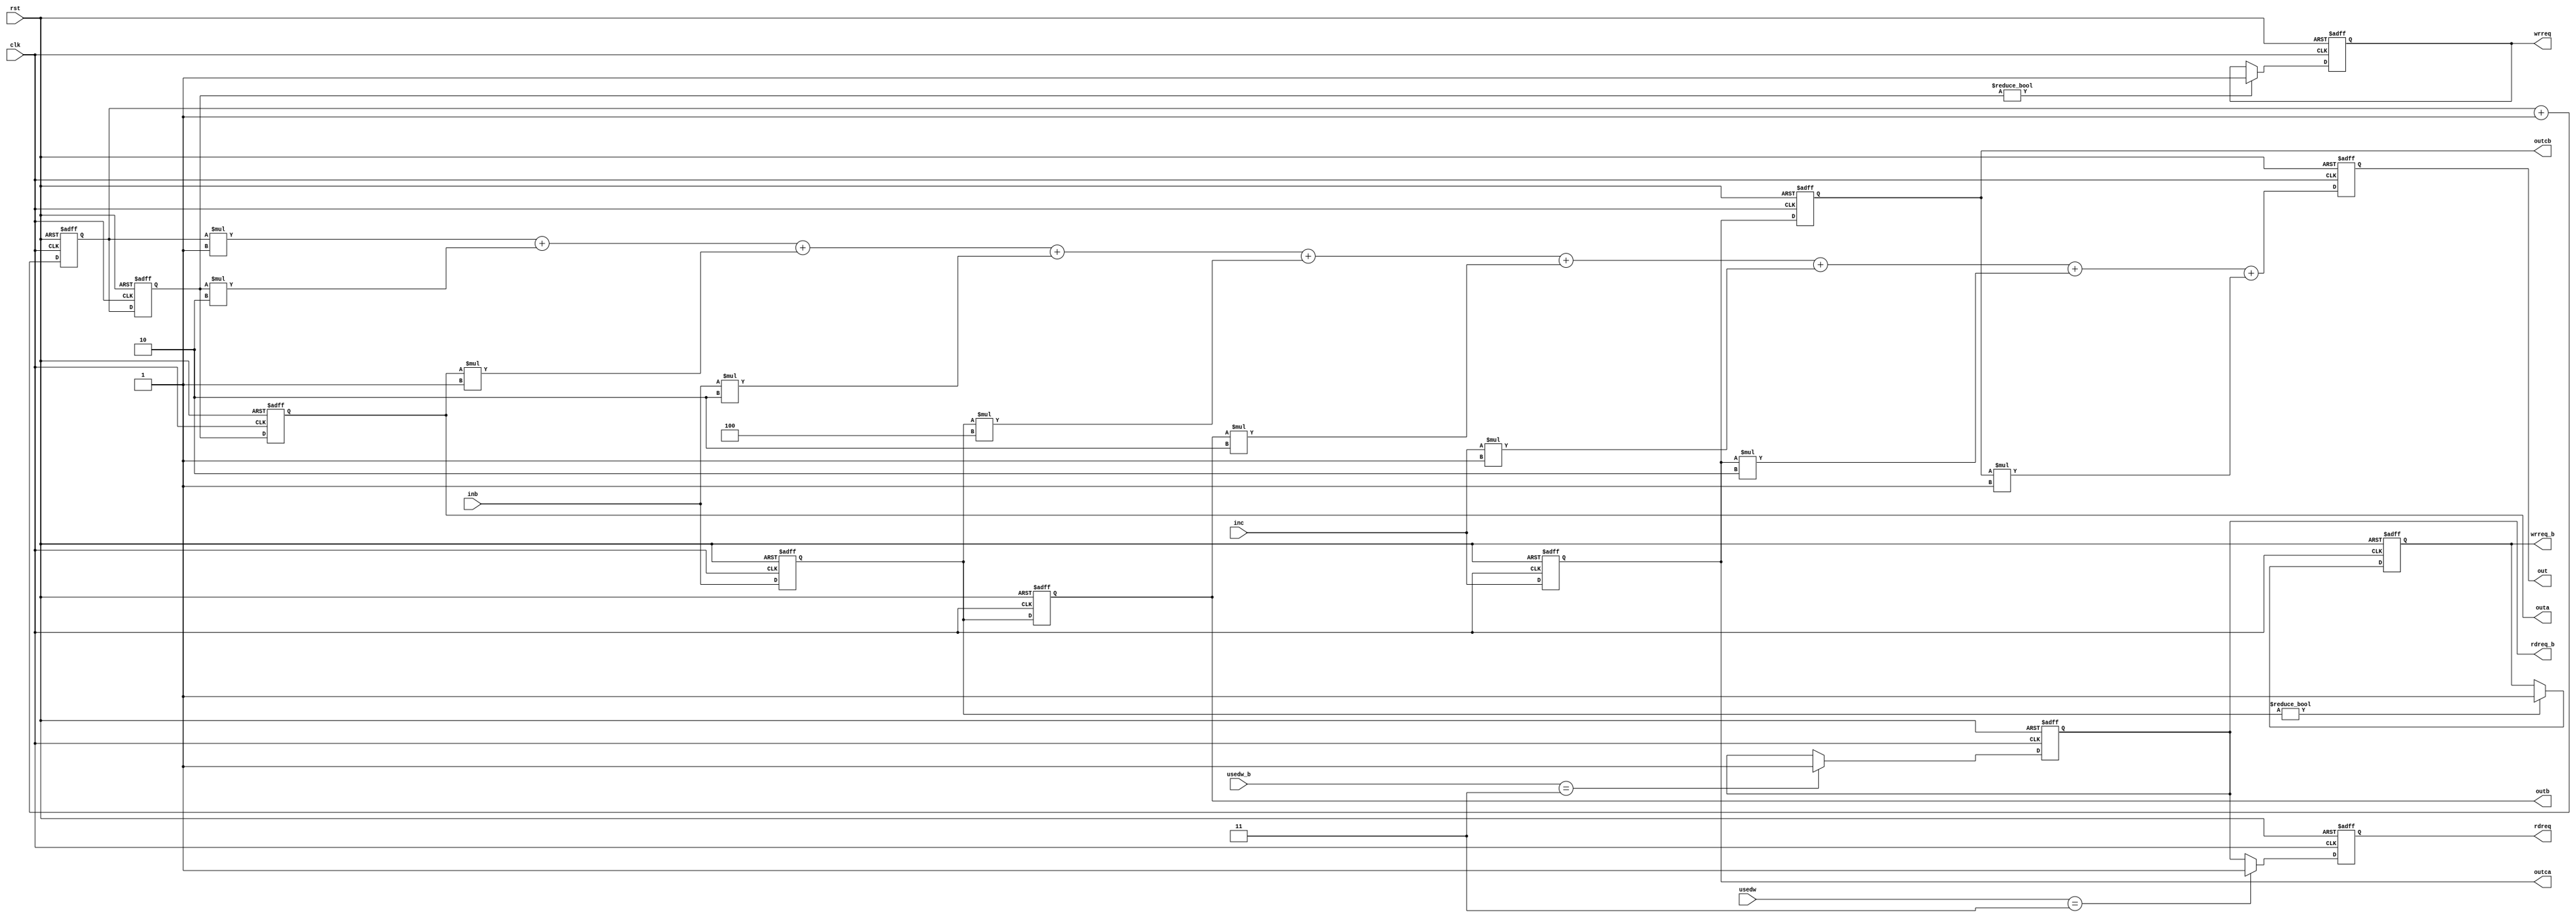
//module D(data,clk,rst,inb,inc,usedw,usedw_b,outa,outb,rdreq,wrreq,rdreq_b,wrreq_b,outca,outcb,out);
module D(clk,rst,inb,inc,usedw,usedw_b,outa,outb,rdreq,wrreq,rdreq_b,wrreq_b,outca,outcb,out);
input clk,rst;
//input  [7:0] inb,inc,data;
input  [7:0] inb,inc;
input [1:0] usedw,usedw_b;
output [7:0] outa,outb,outca,outcb;
output   rdreq,wrreq,rdreq_b,wrreq_b;
output 	[14:0] out;
reg 	[14:0] out;
reg rdreq,wrreq,rdreq_b,wrreq_b;
reg   [7:0] outa1,outa2,outb1,outb2,outc1,outc2;
reg [7:0]	data;

parameter A = 3'd1;
parameter B = 3'd2;
parameter C = 3'd1;
parameter D = 3'd2;
parameter E = 3'd4;
parameter F = 3'd2;
parameter G = 3'd1;
parameter H = 3'd2;
parameter I = 3'd1;

always@(posedge clk or negedge rst)
begin
if(!rst)
data<=8'b0;
else
data<=data+1'b1;
end

always@(posedge clk or negedge rst)
begin
if(!rst)
wrreq<=1'b0;
else if(outa1!=8'b0)
wrreq<=1'b1;
else
wrreq<=wrreq;
end

always@(posedge clk or negedge rst)
begin
if(!rst)
rdreq<=1'b0;
else if(usedw==8'd3)
rdreq<=1'b1;
else
rdreq<=rdreq_b;
end

always@(posedge clk or negedge rst)
begin
if(!rst)
wrreq_b<=1'b0;
else if(outb1!=8'b0)
wrreq_b<=1'b1;
else
wrreq_b<=wrreq_b;
end

always@(posedge clk or negedge rst)
begin
if(!rst)
rdreq_b<=1'b0;
else if(usedw_b==8'd3)
rdreq_b<=1'b1;
else
rdreq_b<=rdreq_b;
end

always@(posedge clk or negedge rst)
begin
if(!rst)
outa1<=8'b0;
else
outa1<=data;
end

always@(posedge clk or negedge rst)
begin
if(!rst)
outa2<=8'b0;
else
outa2<=outa1;
end

always@(posedge clk or negedge rst)
begin
if(!rst)
outb1<=8'b0;
else 
outb1<=inb;
end

always@(posedge clk or negedge rst)
begin
if(!rst)
outb2<=8'b0;
else
outb2<=outb1;
end

always@(posedge clk or negedge rst)
begin
if(!rst)
outc1<=8'b0;
else 
outc1<=inc;
end

always@(posedge clk or negedge rst)
begin
if(!rst)
outc2<=8'b0;
else
outc2<=outc1;
end

always@(posedge clk or negedge rst)
begin
if(!rst)
out <= 8'b0;
else
begin
out <= (data*A) + (outa1*B) + (outa2*C) + (inb*D) + (outb1*E) + (outb2*F) + (inc*G) + (outc1*H) + (outc2*I);
end
end

assign outa=outa2;
assign outb=outb2;
assign outca=outc1;
assign outcb=outc2;
endmodule